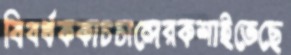
বিবর্ধককাচচান্দেরকশাইতেছে